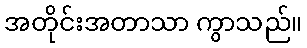
အတိုင်းအတာသာ ကွာသည်။